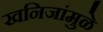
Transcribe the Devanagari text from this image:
खनिजांमुळे